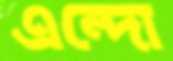
এন্দো